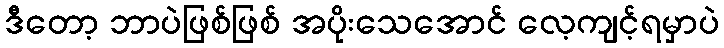
ဒီတော့ ဘာပဲဖြစ်ဖြစ် အပိုးသေအောင် လေ့ကျင့်ရမှာပဲ